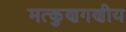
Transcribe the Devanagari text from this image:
मत्कुणगणीय